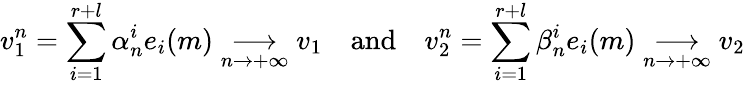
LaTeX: v_{1}^{n}=\displaystyle{\sum_{i=1}^{r+l}\alpha_{n}^{i}e_{i}(m)}\underset{n\to+\infty}{\longrightarrow}v_{1}\quad\mathrm{and}\quad v_{2}^{n}=\displaystyle{\sum_{i=1}^{r+l}\beta_{n}^{i}e_{i}(m)}\underset{n\to+\infty}{\longrightarrow}v_{2}